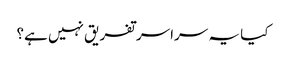
کیا یہ سراسر تفریق نہیں ہے؟